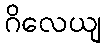
ဂိလေယျ